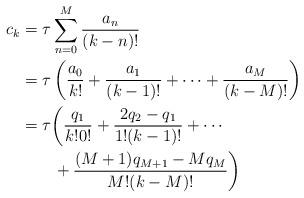
LaTeX: \begin{align*}c_k &= \tau\sum_{n=0}^{M} \frac{a_{n}}{(k-n)!} \\&= \tau \left(\frac{a_0}{k!} + \frac{a_1}{(k-1)!} + \cdots + \frac{a_M}{(k-M)!} \right) \\&= \tau \bigg(\frac{q_1}{k!0!} + \frac{2q_2-q_1}{1!(k-1)!} + \cdots \\&\qquad+ \frac{(M+1)q_{M+1}-Mq_M}{M!(k-M)!} \bigg)\end{align*}